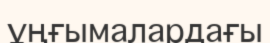
ұңғымалардағы